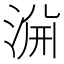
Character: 𱦺